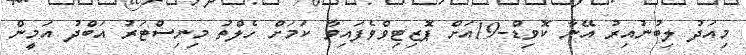
މިއަދު ލިބުނުއިރު އޭނާ ކޮވިޑް-19އަށް ޕޮޒިޓިވްވެފައިވާ ކަމަށް ހެލްތު މިނިސްޓަރު އަބްދު އަމީން